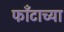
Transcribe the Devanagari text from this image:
फाँटाच्या